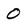
Character: 0